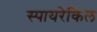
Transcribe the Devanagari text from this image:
स्पायरेकिल